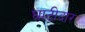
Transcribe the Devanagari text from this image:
घाटीदार